Leprosy in India: report of the Leprosy Commission in India, 1890-91
Year: 1890
Disease focus: Leprosy
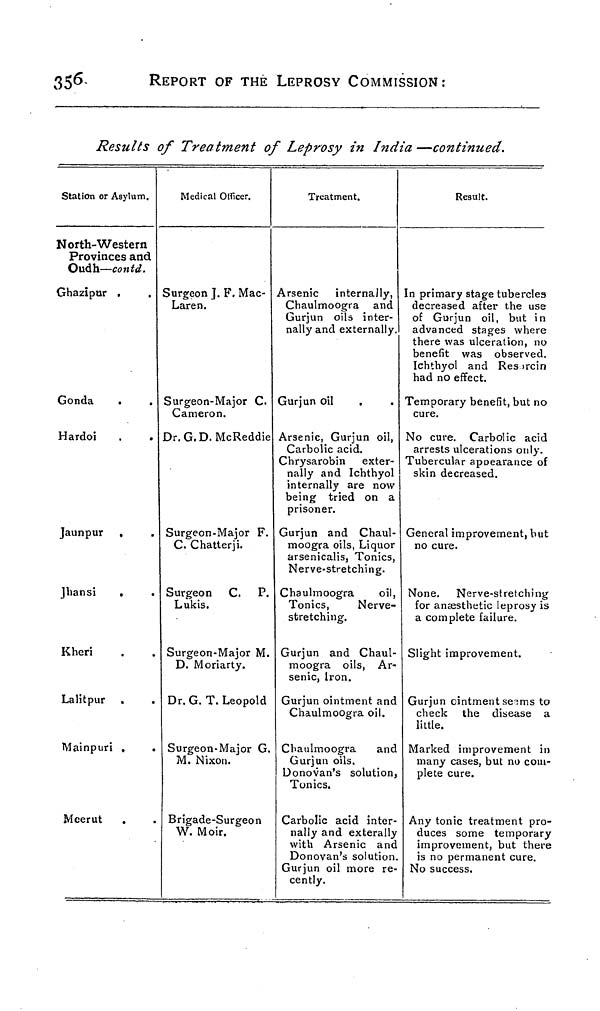
356
REPORT OF THE LEPROSY COMMISSION:
Results of Treatment of Leprosy in India —continued.
Station or Asylum.
North-Western
Provinces and
Oudh—contd.
Ghazipur
Gonda
Hardoi
Jaunpur
Jhansi
Kheri
Lalitpur
Mainpuri
Meerut
Medical Officer.
Surgeon J. F. Mac-
Laren.
Surgeon-Major C.
Cameron.
Dr. G.D. McReddie
Surgeon-Major F.
C. Chatterji.
Surgeon C. P.
Lukis
Surgeon-Major M.
D. Moriarty.
Dr. G. T. Leopold
Surgeon-Major G
M. Nixon.
Brigade-Surgeon
W. Moir.
Treatment.
Arsenic internally,
Chaulmoogra and
Gurjun oils inter-
nally and externally.
Gurjun oil
Arsenic, Gurjun oil,
Carbolic acid.
Chrysarobin exter-
nally and Ichthyol
internally are now
being tried on a
prisoner.
Gurjun and Chaul-
moogra oils, Liquor
arsenicalis, Tonics,
Nerve-stretching.
Chaulmoogra
oil,
Tonics,
Nerve-
stretching.
Gurjun and Chaul-
moogra oils, Ar-
senic, Iron.
Gurjun ointment and
Chaulmoogra oil.
Chaulmoogra
and
Gurjun oils.
Donovan's solution,
Tonics.
Carbolic acid inter-
nally and exterally
with Arsenic and
Donovan's solution
Gurjun oil more re-
cently.
Result.
In primary stage tubercles
decreased after the use
of Gurjun oil, but in
advanced stages where
there was ulceration, no
benefit was observed.
Ichthyol and Restrain
had no effect.
Temporary benefit, but no
cure.
No cure. Carbolic acid
arrests ulcerations only.
Tubercular appearance of
skin decreased.
General improvement, but
no cure.
None. Nerve-stretching
for anaesthetic leprosy is
a complete failure.
Slight improvement.
Gurjun ointment seems to
check the disease a
little.
Marked improvement in
many cases, but no com-
plete cure.
Any tonic treatment pro-
duces some temporary
improvement, but there
is no permanent cure.
No success.